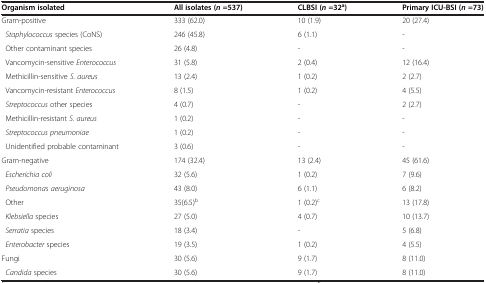
<table><thead><tr><td><b>Organism isolated</b></td><td><b>All isolates (<i>n</i>=537)</b></td><td><b>CLBSI (<i>n</i>=32<sup>a</sup>)</b></td><td><b>Primary ICU-BSI (<i>n</i>=73)</b></td></tr></thead><tbody><tr><td>Gram-positive</td><td>333 (62.0)</td><td>10 (1.9)</td><td>20 (27.4)</td></tr><tr><td> <i>Staphylococcus</i> species (CoNS)</td><td>246 (45.8)</td><td>6 (1.1)</td><td>-</td></tr><tr><td> Other contaminant species</td><td>26 (4.8)</td><td>-</td><td>-</td></tr><tr><td> Vancomycin-sensitive <i>Enterococcus</i></td><td>31 (5.8)</td><td>2 (0.4)</td><td>12 (16.4)</td></tr><tr><td> Methicillin-sensitive <i>S. aureus</i></td><td>13 (2.4)</td><td>1 (0.2)</td><td>2 (2.7)</td></tr><tr><td> Vancomycin-resistant <i>Enterococcus</i></td><td>8 (1.5)</td><td>1 (0.2)</td><td>4 (5.5)</td></tr><tr><td> <i>Streptococcus</i> other species</td><td>4 (0.7)</td><td>-</td><td>2 (2.7)</td></tr><tr><td> Methicillin-resistant <i>S. aureus</i></td><td>1 (0.2)</td><td>-</td><td>-</td></tr><tr><td> <i>Streptococcus pneumoniae</i></td><td>1 (0.2)</td><td>-</td><td>-</td></tr><tr><td> Unidentified probable contaminant</td><td>3 (0.6)</td><td>-</td><td>-</td></tr><tr><td>Gram-negative</td><td>174 (32.4)</td><td>13 (2.4)</td><td>45 (61.6)</td></tr><tr><td> <i>Escherichia coli</i></td><td>32 (5.6)</td><td>1 (0.2)</td><td>7 (9.6)</td></tr><tr><td> <i>Pseudomonas aeruginosa</i></td><td>43 (8.0)</td><td>6 (1.1)</td><td>6 (8.2)</td></tr><tr><td> Other</td><td>35(6.5)<sup>b</sup></td><td>1 (0.2)<sup>c</sup></td><td>13 (17.8)</td></tr><tr><td> <i>Klebsiella</i> species</td><td>27 (5.0)</td><td>4 (0.7)</td><td>10 (13.7)</td></tr><tr><td> <i>Serratia</i> species</td><td>18 (3.4)</td><td>-</td><td>5 (6.8)</td></tr><tr><td> <i>Enterobacter</i> species</td><td>19 (3.5)</td><td>1 (0.2)</td><td>4 (5.5)</td></tr><tr><td>Fungi</td><td>30 (5.6)</td><td>9 (1.7)</td><td>8 (11.0)</td></tr><tr><td> <i>Candida</i> species</td><td>30 (5.6)</td><td>9 (1.7)</td><td>8 (11.0)</td></tr></tbody></table>